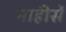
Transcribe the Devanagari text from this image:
नाहीसें